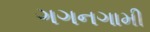
ગગનગામી